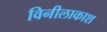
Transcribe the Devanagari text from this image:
विनीलाकाश